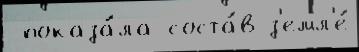
 показа́ла соста́в з'емл'е́